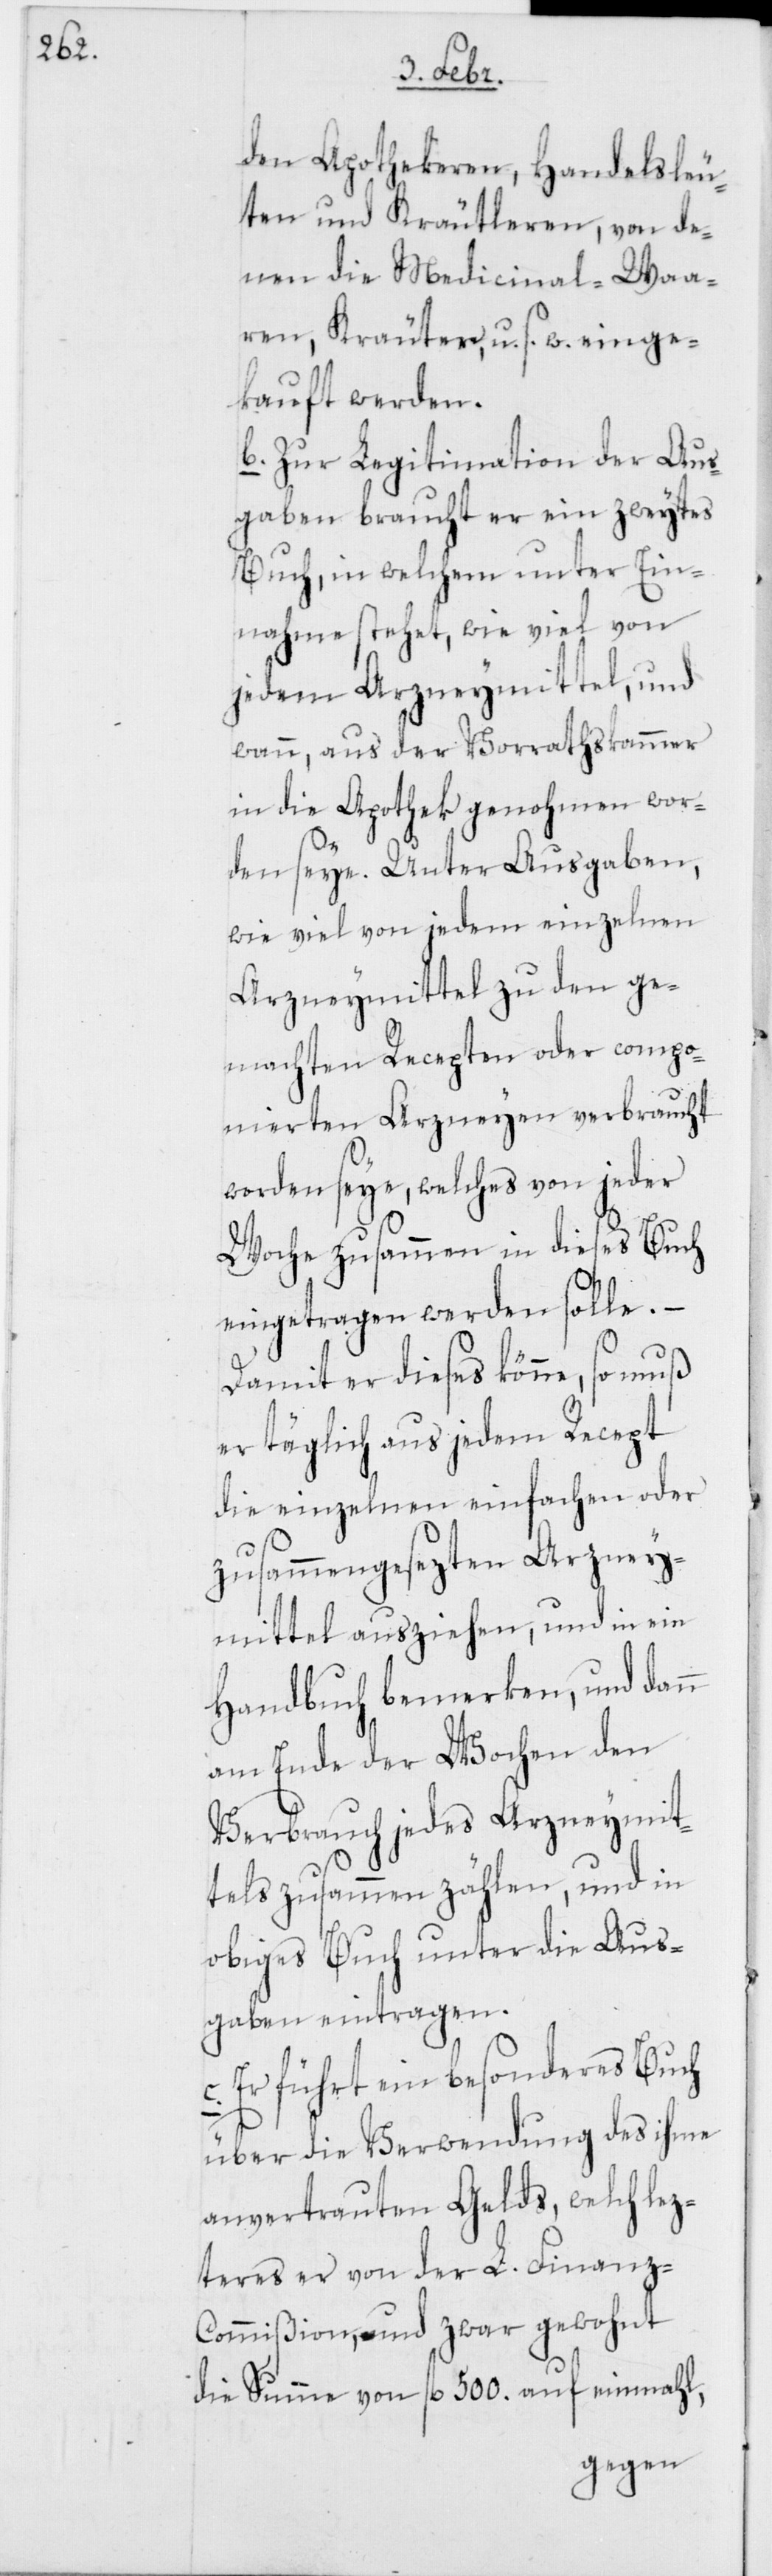
den Apothekeren, Handelsleu¬
ten und Kräutleren, von de¬
nen die Medicinal-Waa¬
ren, Kräuter, u. s. w. einge¬
kauft werden.
b. Zur Legitimation der Aus¬
gaben braucht er ein zweytes
Buch, in welchem unter Ein¬
nahme stehet, wie viel von
jedem Arzneymittel, und
wann, aus der Vorrathskammer
in die Apothek genohmen wor¬
den seye. Unter Ausgaben,
wie viel von jedem einzelnen
Arzneymittel zu den ge¬
machten Recepten oder compo¬
nierten Arzneyen verbraucht
worden seye, welches von jeder
Woche zusammen in dieses Buch
eingetragen werden solle. –
Damit er dieses könne, so muß
er täglich aus jedem Recept
die einzelnen einfachen oder
zusammengesezten Arzney¬
mittel ausziehen, und in ein
Handbuch bemerken, und dann
am Ende der Wochen den
Verbrauch jedes Arzneymit¬
tels zusammenzählen, und in
obiges Buch unter die Aus¬
gaben eintragen.
Er führt ein besonderes Buch
über die Verwendung des ihme
anvertrauten Gelds, welch lez¬
teres er von der L. Finanz-C¬
ommißion, und zwar gewohnt
die Summe von fl. 500. auf einmahl,